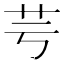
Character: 芌